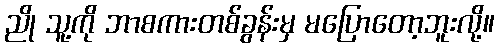
ညို သူ့ကို ဘာစကားတစ်ခွန်းမှ မပြောတော့ဘူးလို့။